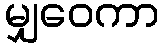
မျှဝေကာ